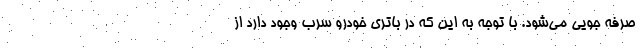
صرفه جویی می‌شود. با توجه به این که در باتری خودرو سرب وجود دارد از